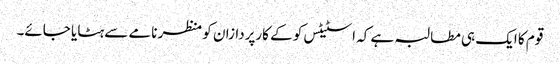
قوم کا ایک ہی مطالبہ ہے کہ اسٹیٹس کو کے کارپردازان کو منظر نامے سے ہٹایا جائے۔